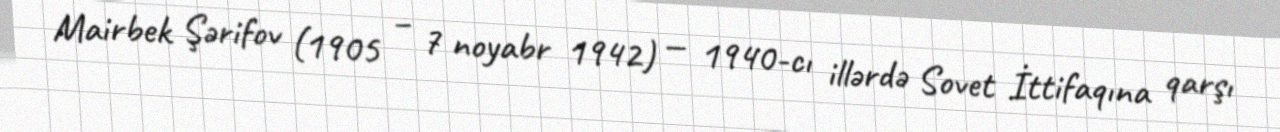
Mairbek Şərifov (1905 – 7 noyabr 1942) — 1940-cı illərdə Sovet İttifaqına qarşı